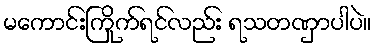
မကောင်းကြိုက်ရင်လည်း ရသတဏှာပါပဲ။